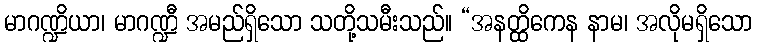
မာဂဏ္ဍိယာ၊ မာဂဏ္ဍီ အမည်ရှိသော သတို့သမီးသည်။ “အနတ္ထိကေန နာမ၊ အလိုမရှိသော